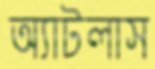
অ্যাটলাস